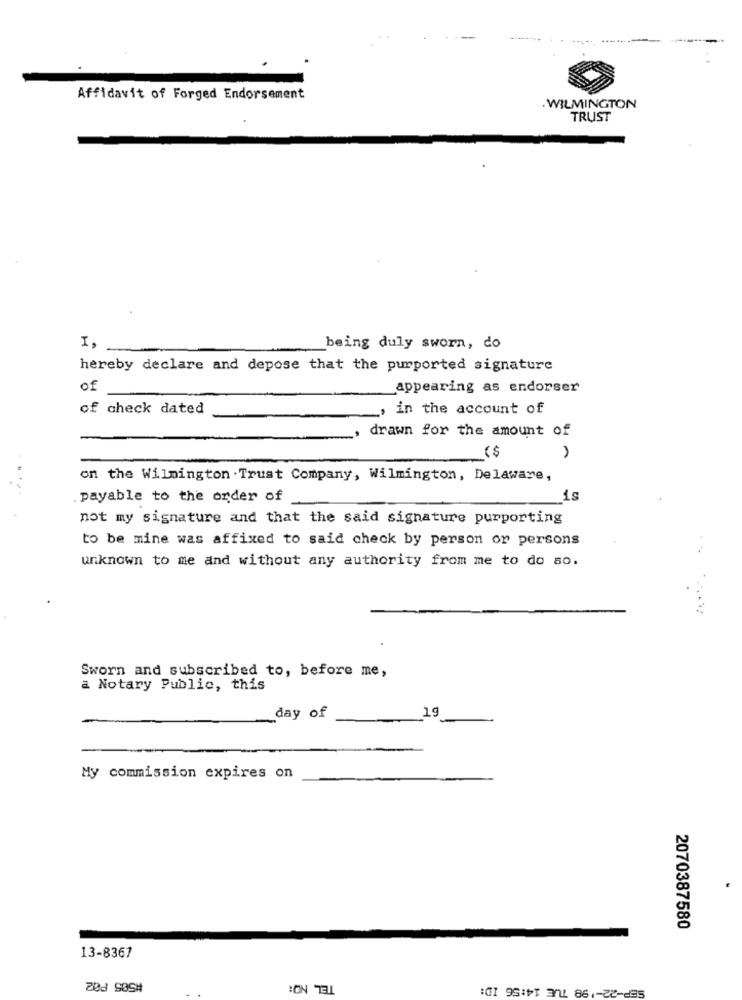
Affidavit of Forged Endorsement
. WILMINGTON
TRUST
I,
being duly sworn, do
hereby declare and depose that the purported signature
of
appearing as endorser
of check dated
, in the account of
drawn for the amount of
on the Wilmington . Trust Company, Wilmington, Delaware,
. payable to the order of
is
not my signature and that the said signature purporting
to be mine was affixed to said check by person or persons
unknown to me and without any authority from me to do so.
Sworn and subscribed to, before me,
a Notary Public, this
day of
19
My commission expires on
2070387580
13-8367
TEL NO:
SEP-22-198 TUE 14:56 ID:
208 50SH